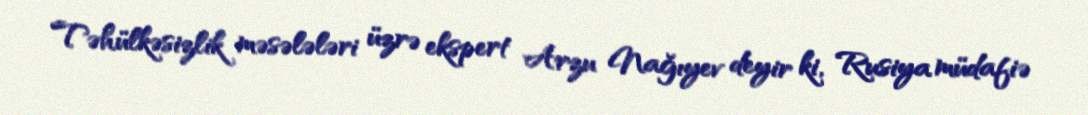
Təhülkəsizlik məsələləri üzrə ekspert Arzu Nağıyev deyir ki, Rusiya müdafiə